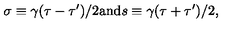
\sigma \equiv \gamma ( { \tau - \tau ^ { \prime } } ) / { 2 } \mathrm { a n d } s \equiv \gamma ( { \tau + \tau ^ { \prime } } ) / { 2 } ,